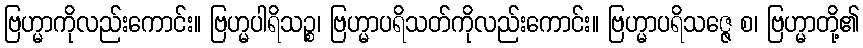
ဗြဟ္မာကိုလည်းကောင်း။ ဗြဟ္မပါရိသဉ္စ၊ ဗြဟ္မာပရိသတ်ကိုလည်းကောင်း။ ဗြဟ္မာပရိသဇ္ဇေ စ၊ ဗြဟ္မာတို့၏